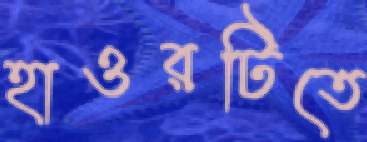
হাওরটিতে